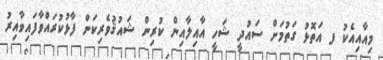
މިއާއިއެކު ފ އަތޮޅު ގަތުމަށް ސައުދީ ޝަހީ އާއިލާއިން ކުރިން ޝައުޤުވެރިކަން ފާޅުކުރައްވާފައިވާއިރު